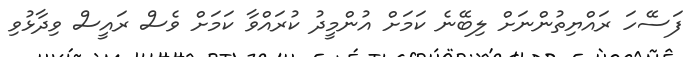
ފަސޭހަ ރައްޔިތުންނަށް ލިބޭނެ ކަމަށް އުންމީދު ކުރައްވާ ކަމަށް ވެސް ރައީސް ވިދާޅުވި